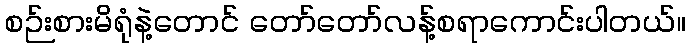
စဉ်းစားမိရုံနဲ့တောင် တော်တော်လန့်စရာကောင်းပါတယ်။